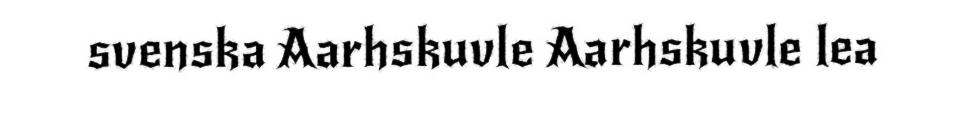
svenska Aarhskuvle Aarhskuvle lea